Vaccination North-Western Provinces and Oudh 1896-1901 - 1896-1901
Year: 1896
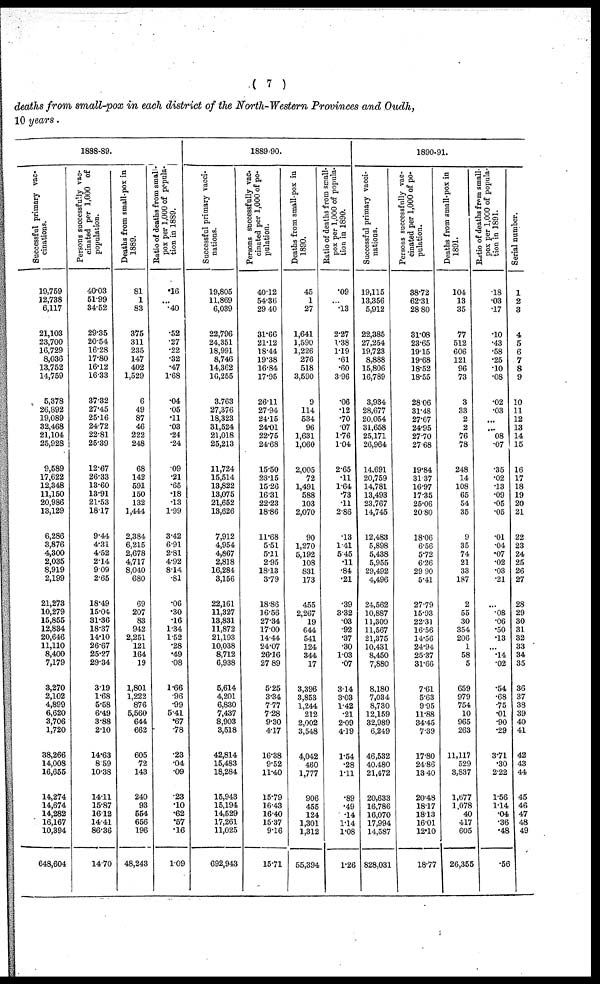
( 7 )
deaths from small-pox in each district of the North-Western Provinces and Oudh,
10 years.
1888-89.
Successful primary vac¬
cinations.
19,759
12,738
6,117
21,103
23,700
16,729
8,036
13,752
14,759
5,378
26,892
19,089
32,468
21,104
25,928
9,589
17,622
12,348
11,150
20,986
13,129
6,286
3,876
4,300
2,035
8,919
2,199
21,273
10,279
15,855
12,834
20,646
11,110
8,400
7,179
3,270
2,102
4,899
6,620
3,706
1,720
38,266
14,008
16,655
14,274
14,674
14,282
16,167
10,394
648,604
Persons successfully vac¬
cinated per 1,000 of
population.
40.03
51.99
34.52
29.35
20.54
16.28
17.80
16.12
16.33
37.32
27.45
25.16
24.72
22.81
25.39
12.67
26.33
13.60
13.91
21.53
18.17
9.44
4.31
4.52
2.14
9.09
2.65
18.49
15.04
31.36
18.37
14.10
26.67
25.27
29.34
3.19
1.68
5.58
6.49
3.88
2.10
14.63
8.59
10.38
14.11
15.87
16.12
14.41
86.36
14.70
Deaths from small-pox in
1889.
81
1
83
375
311
235
147
402
1,529
6
49
87
46
222
248
68
142
591
150
132
1,444
2,384
6,215
2,678
4,717
8,040
680
69
207
83
942
2,251
121
164
19
1,801
1,222
876
5,560
644
662
605
72
143
240
93
554
656
196
48,243
Ratio of deaths from small-
pox per 1,000 of popula-
tion in 1889.
.16
...
.40
.52
.27
.22
.32
.47
1.68
.04
.05
.11
.03
.24
.24
.09
.21
.65
.18
.13
1.99
3.42
6.91
2.81
4.92
8.14
.81
.06
.30
.16
1.34
1.52
.28
.49
.08
1.66
.96
.99
5.41
.67
.78
.23
.04
.09
.23
.10
.62
.57
.16
1.09
1889-90.
Successful primary vacci-
nations.
19,805
11,869
6,039
22,796
24,351
18,991
8,746
14,362
16,255
3,763
27,376
18,323
31,524
21,018
25,213
11,724
15,514
13,822
13,075
21,652
13,626
7,912
4,954
4,867
2,818
16,284
3,156
22,161
11,327
13,831
11,872
21,193
10,038
8,712
6,938
5,614
4,201
6,830
7,437
8,903
3,518
42,814
15,483
18,284
15,943
15,194
14,529
17,261
11,025
692,943
Persons successfully vac.
cinated per 1,000 of po-
pulation.
40.12
54.36
29.40
31.66
21.12
18.44
19.38
16.84
17.95
26.11
27.94
24.15
24.01
22.75
24.68
15.50
23.15
15.26
16.31
22.23
18.86
11.68
5.51
5.11
2.95
18.13
3.79
18.86
16.56
27.34
17.00
14.44
24.07
26.16
27.89
5.25
3.34
7.77
7.28
9.30
4.17
16.38
9.52
11.40
15.79
16.43
16.40
15.37
9.16
15.71
Deaths from small-pox in
1890.
45
1
27
1,641
1,590
1,226
276
518
3,590
9
114
534
96
1,631
1,060
2,005
72
1,491
588
103
2,070
90
1,270
5,192
108
831
173
455
2,267
19
644
541
124
344
17
3,396
3,853
1,244
212
2,002
3,548
4,042
460
1,777
906
455
124
1,301
1,312
55,394
Ratio of deaths from small-
pox per 1,000 of popula¬
tion in 1890.
.09
...
.13
2.27
1.38
1.19
.61
.60
3.96
.06
.12
.70
.07
1.76
1.04
2.65
.11
1.64
.73
.11
2.86
.13
1.41
5.45
.11
.84
.21
.39
3.32
.03
.92
.37
.30
1.03
.07
3.14
3.03
1.42
.21
2.09
4.19
1.54
.28
1.11
.89
.49
.14
1.14
1.08
1.26
1890-91.
Successful primary vacci-
nations.
19,115
13,356
5,912
22,385
27,254
19,723
8,888
15,806
16,789
3,934
28,677
20,054
31,658
25,171
26,964
14,691
20,759
14,781
13,493
23,767
14,745
12,483
5,898
5,438
5,955
29,492
4,496
24,562
10,887
11,300
11,567
21,375
10,431
8,450
7,880
8,180
7,034
8,730
12,159
32,989
6,249
46,532
40,480
21,472
20,633
16,786
16,070
17,994
14,587
828,031
Persons successfully vac-
cinated per 1,000 of po-
pulation.
38.72
62.31
28.80
31.08
23.65
19.15
19.68
18.52
18.55
28.06
31.48
27.67
24.95
27.70
27.68
19.84
31.37
16.97
17.35
25.06
20.80
18.06
6.56
5.72
6.26
29.90
5.41
27.79
15.93
22.31
16.56
14.56
24.94
25.37
31.66
7.61
5.63
9.95
11.88
34.45
7.39
17.80
24.86
13.40
20.48
18.17
18.13
16.01
12.10
18.77
Deaths from small-pox in
1891.
104
13
35
77
512
606
121
96
73
3
33
2
2
76
78
248
14
108
65
54
35
9
35
74
21
33
187
2
55
30
354
206
1
58
5
659
979
754
10
965
263
11,117
529
3,837
1,677
1,078
40
417
605
26,355
Ratio of deaths from small-
pox per 1,000 of popula-
tion in 1891.
.18
.03
.17
.10
.43
.58
.25
.10
.08
.02
.03
...
...
.08
.07
.35
.02
.13
.09
.05
.05
.01
.04
.07
.02
.03
.21
...
.08
.06
.50
.13
...
.14
.02
.54
.68
.75
.01
.90
.29
3.71
.30
2.22
1.56
1.14
.04
.36
.48
.56
Serial number.
1
2
3
4
5
6
7
8
9
10
11
12
13
14
15
16
17
18
19
20
21
22
23
24
25
26
27
28
29
30
31
32
33
34
35
36
37
38
39
40
41
42
43
44
45
46
47
48
49